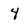
Character: 4